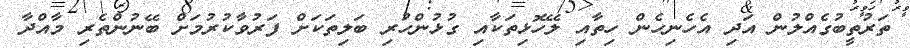
ތަރުތީބުގެއްލުން އަދި އެހެނިހެން ހިތާއި ލޭހޮޅިތަކާއި ގުޅުންހުރި ބަލިތަކަށް ފަރުވާކުރުމަށް ބޭނުންތެރި މާއްދާ